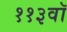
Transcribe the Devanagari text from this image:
११३वॉ